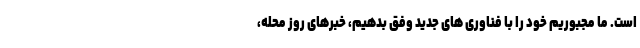
است. ما مجبوریم خود را با فناوری های جدید وفق بدهیم، خبرهای روز محله،